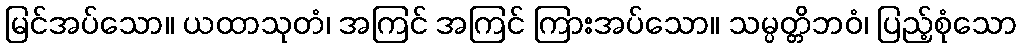
မြင်အပ်သော။ ယထာသုတံ၊ အကြင် အကြင် ကြားအပ်သော။ သမ္ပတ္တိဘဝံ၊ ပြည့်စုံသော